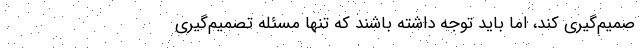
صمیم‌گیری کند، اما باید توجه داشته باشند که تنها مسئله تصمیم‌گیری